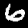
Label: 6